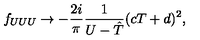
f _ { U U U } \rightarrow - \frac { 2 i } { \pi } \frac { 1 } { U - { \hat { T } } } ( c T + d ) ^ { 2 } ,